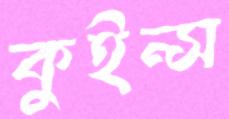
কুইন্স